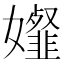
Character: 𡤋